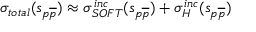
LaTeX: \sigma _ { t o t a l } ( s _ { p \overline { { { p } } } } ) \approx \sigma _ { S O F T } ^ { i n c } ( s _ { p \overline { { { p } } } } ) + \sigma _ { H } ^ { i n c } ( s _ { p \overline { { { p } } } } )